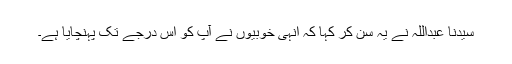
سیّدنا عبداللہ نے یہ سن کر کہا کہ انہی خوبیوں نے آپ کو اس درجے تک پہنچایا ہے۔